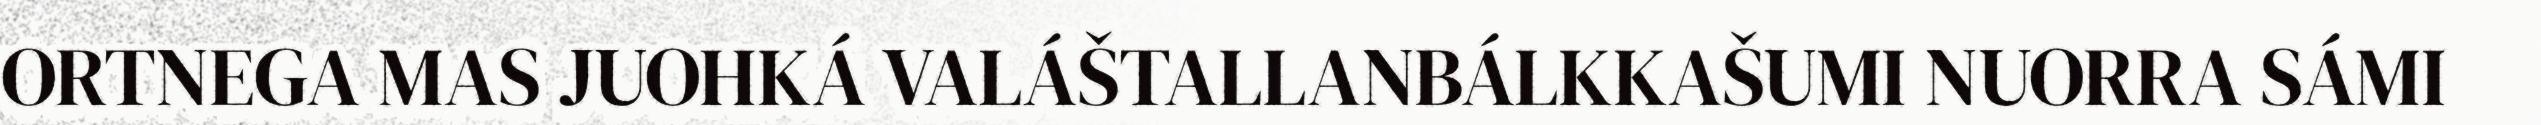
ORTNEGA MAS JUOHKÁ VALÁŠTALLANBÁLKKAŠUMI NUORRA SÁMI